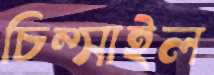
চিম্‌সাইল